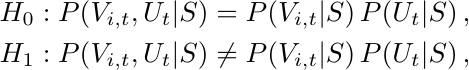
\begin{align*}
    H_0: P(V_{i,t},U_{t}|S)=P(V_{i,t}|S)\, P(U_{t}|S)\,,\\
    H_1: P(V_{i,t},U_{t}|S)\neq P(V_{i,t}|S)\,P(U_{t}|S)\,,
\end{align*}